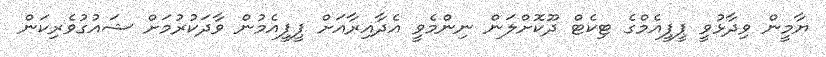
ޔާމީން ވިދާޅުވީ ޕީޕީއެމްގެ ޓިކެޓް ދޫކޮށްލަން ނިންމެވީ އެދާއިރާއަށް ޕީޕީއެމުން ވާދަކުރުމަށް ޝައުގުވެރިކަން